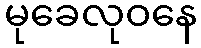
မုခေလုဝနေ